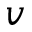
v